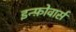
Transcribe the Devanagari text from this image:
इन्फ़ोवार्स